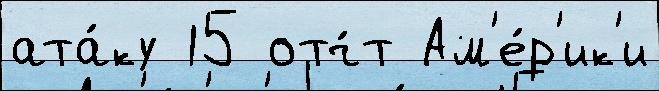
ата́ку 15 отч́т Ам'е́р'ик'и